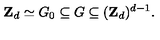
{ \bf Z } _ { d } \simeq G _ { 0 } \subseteq G \subseteq ( { \bf Z } _ { d } ) ^ { d - 1 } .